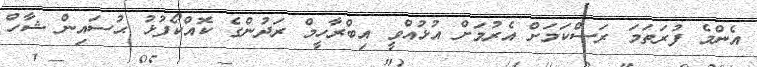
އެންމެ ފުރަތަމަ ރަސްކަމަށް އެރުމަށް އުޅުއްވީ އިބްރާހީމް ރަދުންގެ ކޮއްކޯފުޅު ޙުސައިން ޝާހް